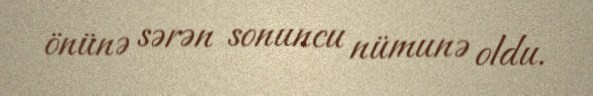
önünə sərən sonuncu nümunə oldu.